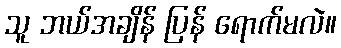
သူ ဘယ်အချိန် ပြန် ရောက်မလဲ။